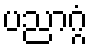
ပညာဂ္ဂံ